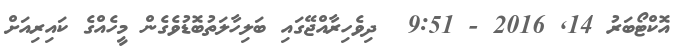
އޮކްޓޯބަރު 14